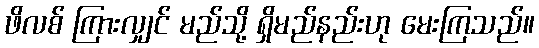
ဖိလစ် ကြားလျှင် မည်သို့ ရှိမည်နည်းဟု မေးကြသည်။